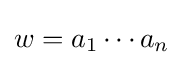
w=a_{1}\cdots a_{n}